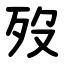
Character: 歿